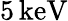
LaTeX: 5\, \mathrm{keV}